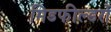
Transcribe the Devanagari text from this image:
मिडफील्डरों